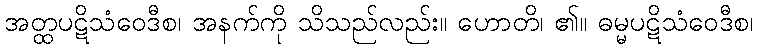
အတ္ထပဋိသံဝေဒီစ၊ အနက်ကို သိသည်လည်း။ ဟောတိ၊ ၏။ ဓမ္မပဋိသံဝေဒီစ၊